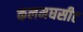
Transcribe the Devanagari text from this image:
कलमघसीट